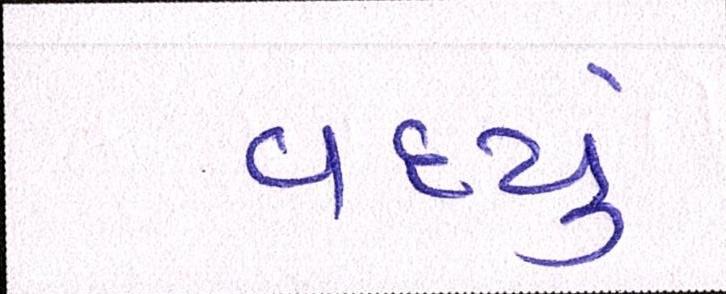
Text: વધ્યું